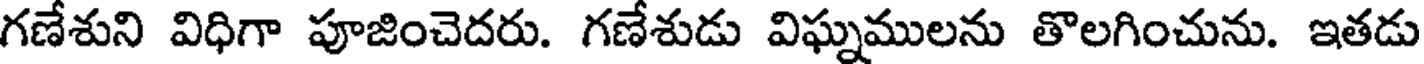
గణేశుని విధిగా పూజించెదరు. గణేశుడు విఘ్నములను తొలగించును. ఇతడు